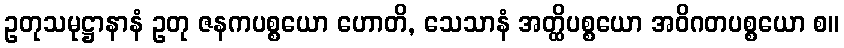
ဥတုသမုဋ္ဌာနာနံ ဥတု ဇနကပစ္စယော ဟောတိ, သေသာနံ အတ္ထိပစ္စယော အဝိဂတပစ္စယော စ။